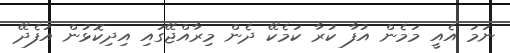
ނަމަ އެއީ މަމެން އުފާ ކުރާ ކަމެކޭ ދެން މިރާއްޖޭގައި އިދިކޮޅުން އުފެދޭ